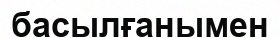
басылғанымен